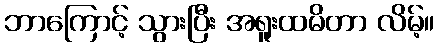
ဘာကြောင့် သွားပြီး အရူးထမိတာ လိမ့်။